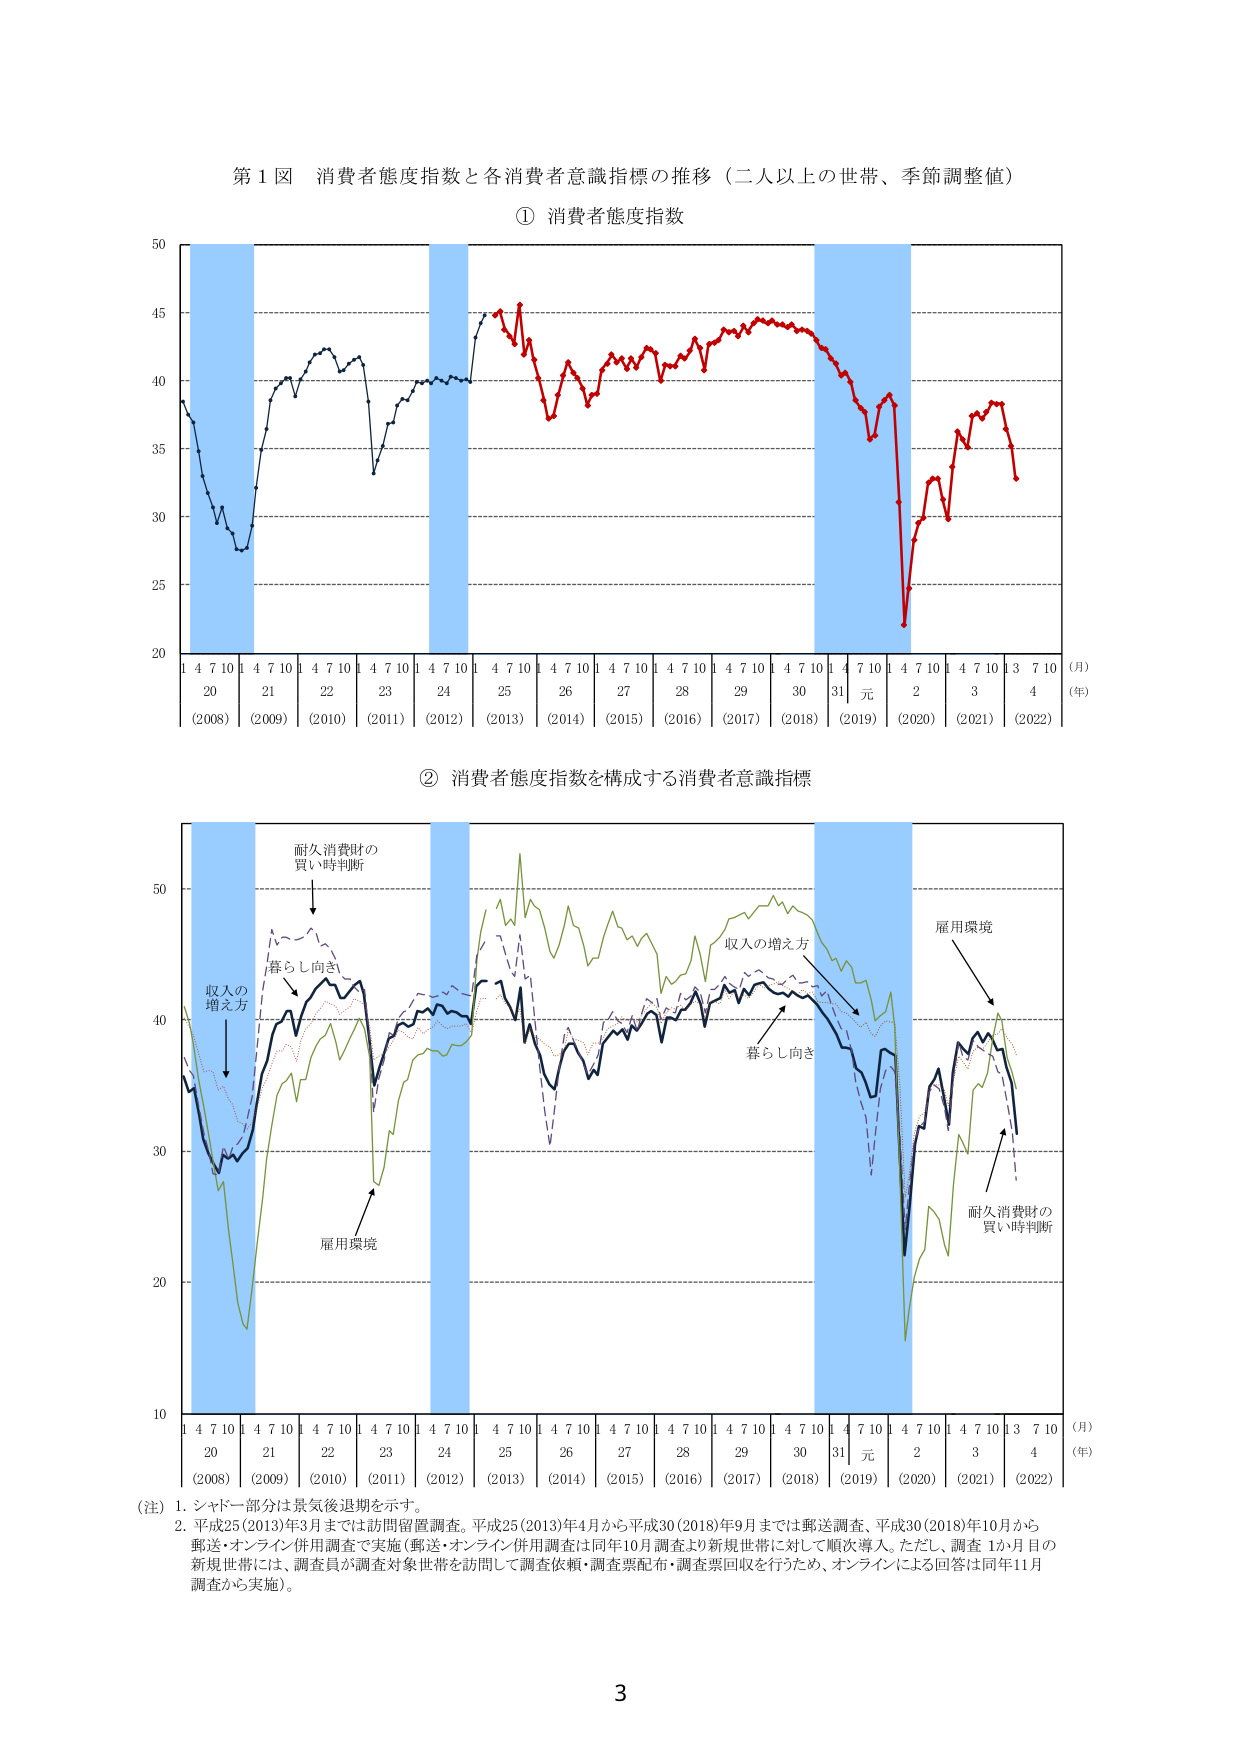
第1図 消費者態度指数と各消費者意識指標の推移（二人以上の世帯、季節調整値）

① 消費者態度指数

50
45
40
35
30
25
20

1 4 7 10 | 4 7 10 | 4 7 10 | 4 7 10 | 4 7 10 | 4 7 10 | 4 7 10 | 4 7 10 | 4 7 10 | 4 7 10 | 4 7 10 | 4 7 10 | 4 7 10 | 3 7 10
20     21     22     23     24     25     26     27     28     29     30     31     元     2     3     4
(2008) (2009) (2010) (2011) (2012) (2013) (2014) (2015) (2016) (2017) (2018) (2019) (2020) (2021) (2022)
（月）
（年）

② 消費者態度指数を構成する消費者意識指標

50
40
30
20
10

1 4 7 10 | 4 7 10 | 4 7 10 | 4 7 10 | 4 7 10 | 4 7 10 | 4 7 10 | 4 7 10 | 4 7 10 | 4 7 10 | 4 7 10 | 4 7 10 | 4 7 10 | 3 7 10
20     21     22     23     24     25     26     27     28     29     30     31     元     2     3     4
(2008) (2009) (2010) (2011) (2012) (2013) (2014) (2015) (2016) (2017) (2018) (2019) (2020) (2021) (2022)
（月）
（年）

（注）1. シャドー部分は景気後退期を示す。
2. 平成25(2013)年3月までは訪問留置調査。平成25(2013)年4月から平成30(2018)年9月までは郵送調査、平成30(2018)年10月から郵送・オンライン併用調査で実施（郵送・オンライン併用調査は同年10月調査より新規世帯に対して順次導入。ただし、調査1か月目の新規世帯には、調査員が調査対象世帯を訪問して調査依頼・調査票配布・調査票回収を行うため、オンラインによる回答は同年11月調査から実施）。

3